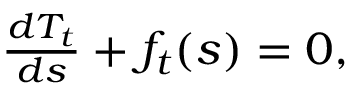
\begin{array} { r } { \frac { d T _ { t } } { d s } + f _ { t } ( s ) = 0 , } \end{array}